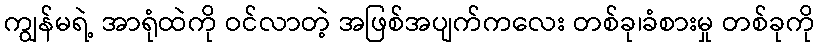
ကျွန်မရဲ့ အာရုံထဲကို ဝင်လာတဲ့ အဖြစ်အပျက်ကလေး တစ်ခု၊ခံစားမှု တစ်ခုကို